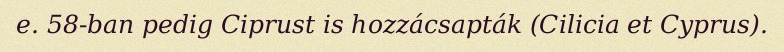
e. 58-ban pedig Ciprust is hozzácsapták (Cilicia et Cyprus).